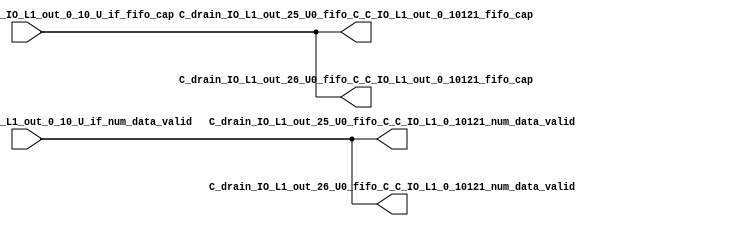
// ==================================================
// RTL generated by RapidStream
//
// Copyright 2024 RapidStream Design Automation, Inc.
// All Rights Reserved.
// ==================================================
`timescale 1 ns / 1 ps
module __rs_kernel3_aux_split_aux_49 #(
    parameter C_S_AXI_CONTROL_DATA_WIDTH  = 32,
    parameter C_S_AXI_CONTROL_ADDR_WIDTH  = 6,
    parameter C_S_AXI_DATA_WIDTH          = 32,
    parameter C_M_AXI_GMEM_A_ID_WIDTH     = 1,
    parameter C_M_AXI_GMEM_A_ADDR_WIDTH   = 64,
    parameter C_M_AXI_GMEM_A_DATA_WIDTH   = 512,
    parameter C_M_AXI_GMEM_A_AWUSER_WIDTH = 1,
    parameter C_M_AXI_GMEM_A_ARUSER_WIDTH = 1,
    parameter C_M_AXI_GMEM_A_WUSER_WIDTH  = 1,
    parameter C_M_AXI_GMEM_A_RUSER_WIDTH  = 1,
    parameter C_M_AXI_GMEM_A_BUSER_WIDTH  = 1,
    parameter C_M_AXI_GMEM_A_USER_VALUE   = 0,
    parameter C_M_AXI_GMEM_A_PROT_VALUE   = 0,
    parameter C_M_AXI_GMEM_A_CACHE_VALUE  = 3,
    parameter C_M_AXI_DATA_WIDTH          = 32,
    parameter C_M_AXI_GMEM_B_ID_WIDTH     = 1,
    parameter C_M_AXI_GMEM_B_ADDR_WIDTH   = 64,
    parameter C_M_AXI_GMEM_B_DATA_WIDTH   = 512,
    parameter C_M_AXI_GMEM_B_AWUSER_WIDTH = 1,
    parameter C_M_AXI_GMEM_B_ARUSER_WIDTH = 1,
    parameter C_M_AXI_GMEM_B_WUSER_WIDTH  = 1,
    parameter C_M_AXI_GMEM_B_RUSER_WIDTH  = 1,
    parameter C_M_AXI_GMEM_B_BUSER_WIDTH  = 1,
    parameter C_M_AXI_GMEM_B_USER_VALUE   = 0,
    parameter C_M_AXI_GMEM_B_PROT_VALUE   = 0,
    parameter C_M_AXI_GMEM_B_CACHE_VALUE  = 3,
    parameter C_M_AXI_GMEM_C_ID_WIDTH     = 1,
    parameter C_M_AXI_GMEM_C_ADDR_WIDTH   = 64,
    parameter C_M_AXI_GMEM_C_DATA_WIDTH   = 512,
    parameter C_M_AXI_GMEM_C_AWUSER_WIDTH = 1,
    parameter C_M_AXI_GMEM_C_ARUSER_WIDTH = 1,
    parameter C_M_AXI_GMEM_C_WUSER_WIDTH  = 1,
    parameter C_M_AXI_GMEM_C_RUSER_WIDTH  = 1,
    parameter C_M_AXI_GMEM_C_BUSER_WIDTH  = 1,
    parameter C_M_AXI_GMEM_C_USER_VALUE   = 0,
    parameter C_M_AXI_GMEM_C_PROT_VALUE   = 0,
    parameter C_M_AXI_GMEM_C_CACHE_VALUE  = 3,
    parameter C_S_AXI_CONTROL_WSTRB_WIDTH = 4,
    parameter C_S_AXI_WSTRB_WIDTH         = 4,
    parameter C_M_AXI_GMEM_A_WSTRB_WIDTH  = 64,
    parameter C_M_AXI_WSTRB_WIDTH         = 4,
    parameter C_M_AXI_GMEM_B_WSTRB_WIDTH  = 64,
    parameter C_M_AXI_GMEM_C_WSTRB_WIDTH  = 64
) (
    output wire [1:0] C_drain_IO_L1_out_25_U0_fifo_C_C_IO_L1_0_10121_num_data_valid,
    output wire [1:0] C_drain_IO_L1_out_25_U0_fifo_C_C_IO_L1_out_0_10121_fifo_cap,
    output wire [1:0] C_drain_IO_L1_out_26_U0_fifo_C_C_IO_L1_0_10121_num_data_valid,
    output wire [1:0] C_drain_IO_L1_out_26_U0_fifo_C_C_IO_L1_out_0_10121_fifo_cap,
    input wire  [1:0] fifo_C_drain_C_drain_IO_L1_out_0_10_U_if_fifo_cap,
    input wire  [1:0] fifo_C_drain_C_drain_IO_L1_out_0_10_U_if_num_data_valid
);
assign C_drain_IO_L1_out_25_U0_fifo_C_C_IO_L1_0_10121_num_data_valid = fifo_C_drain_C_drain_IO_L1_out_0_10_U_if_num_data_valid;
assign C_drain_IO_L1_out_25_U0_fifo_C_C_IO_L1_out_0_10121_fifo_cap = fifo_C_drain_C_drain_IO_L1_out_0_10_U_if_fifo_cap;
assign C_drain_IO_L1_out_26_U0_fifo_C_C_IO_L1_0_10121_num_data_valid = fifo_C_drain_C_drain_IO_L1_out_0_10_U_if_num_data_valid;
assign C_drain_IO_L1_out_26_U0_fifo_C_C_IO_L1_out_0_10121_fifo_cap = fifo_C_drain_C_drain_IO_L1_out_0_10_U_if_fifo_cap;
endmodule